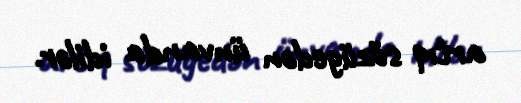
artıq sözügedən ünvanda idilər.